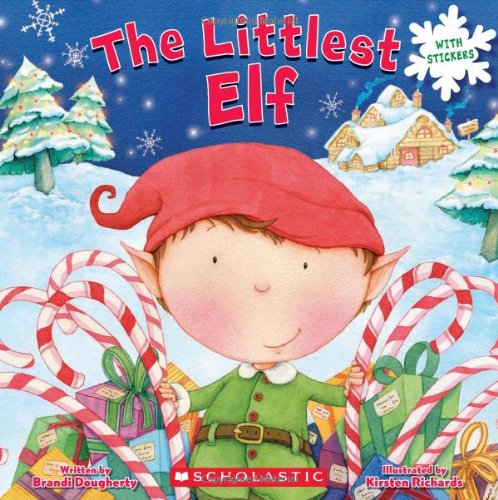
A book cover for The Littlest Elf; Brandi Dougherty; Children's Books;